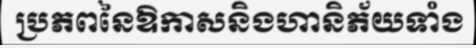
ប្រភពនៃឱកាសនិងហានិភ័យទាំង